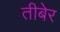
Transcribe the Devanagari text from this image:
तीबेर